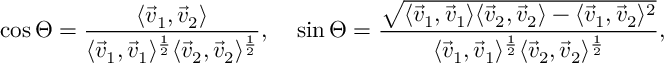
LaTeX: \cos \Theta = \frac { \langle \vec { v } _ { 1 } , \vec { v } _ { 2 } \rangle } { \langle \vec { v } _ { 1 } , \vec { v } _ { 1 } \rangle ^ { \frac { 1 } { 2 } } \langle \vec { v } _ { 2 } , \vec { v } _ { 2 } \rangle ^ { \frac { 1 } { 2 } } } , \; \; \; \; \sin \Theta = \frac { \sqrt { \langle \vec { v } _ { 1 } , \vec { v } _ { 1 } \rangle \langle \vec { v } _ { 2 } , \vec { v } _ { 2 } \rangle - \langle \vec { v } _ { 1 } , \vec { v } _ { 2 } \rangle ^ { 2 } } } { \langle \vec { v } _ { 1 } , \vec { v } _ { 1 } \rangle ^ { \frac { 1 } { 2 } } \langle \vec { v } _ { 2 } , \vec { v } _ { 2 } \rangle ^ { \frac { 1 } { 2 } } } ,